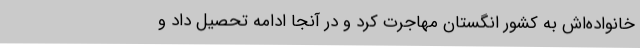
خانواده‌اش به کشور انگستان مهاجرت کرد و در آنجا ادامه تحصیل داد و